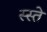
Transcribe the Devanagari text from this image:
स्स्ते